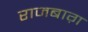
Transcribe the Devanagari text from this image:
राजबाग़